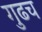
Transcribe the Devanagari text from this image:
गुढच